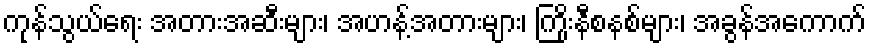
ကုန်သွယ်ရေး အတားအဆီးများ၊ အဟန့်အတားများ၊ ကြိုးနီစနစ်များ၊ အခွန်အကောက်